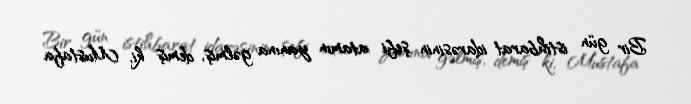
Bir gün istihbarat idarəsinin şefi atamın yanına gəlmiş, demiş ki, Mustafa